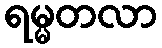
ရမ္မတလာ